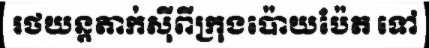
រថយន្តតាក់ស៊ីពីក្រុងប៉ោយប៉ែត ទៅ